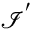
\mathcal { I } ^ { ' }